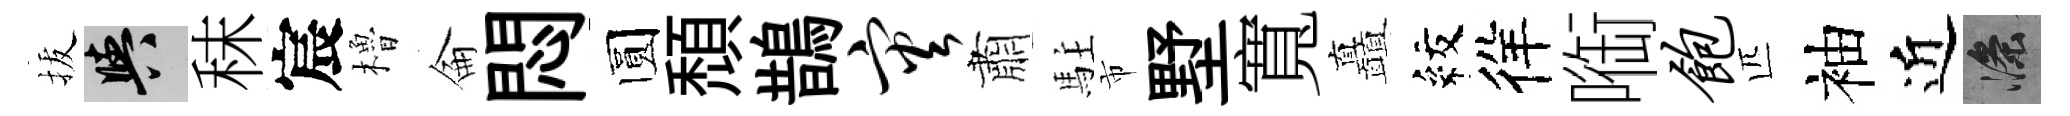
拔阳秣宸櫓侖悶圆頹鵲灾肅駐市墅寬矗紋徉㗸饱匹袖近滌